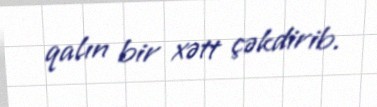
qalın bir xətt çəkdirib.